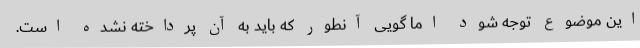
این موضوع توجه شود اما گویی آنطور که باید به آن پرداخته نشده است.